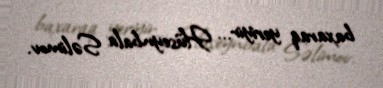
baxaraq yeriyir... Hüseynbala Səlimov.